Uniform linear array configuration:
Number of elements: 12
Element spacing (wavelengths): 0.75
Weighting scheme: exponential
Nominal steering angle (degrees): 45
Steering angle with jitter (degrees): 44.382
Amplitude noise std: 0.05
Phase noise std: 0.05

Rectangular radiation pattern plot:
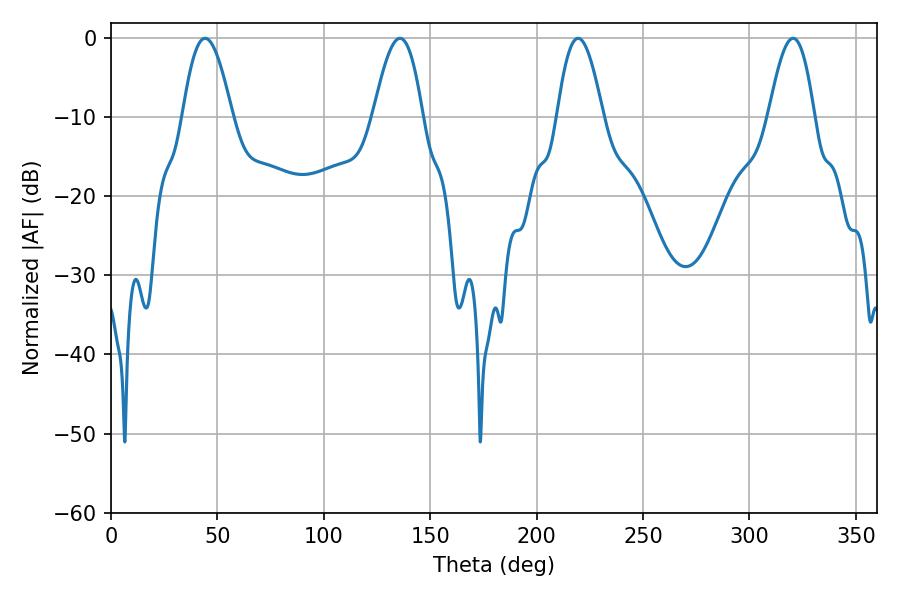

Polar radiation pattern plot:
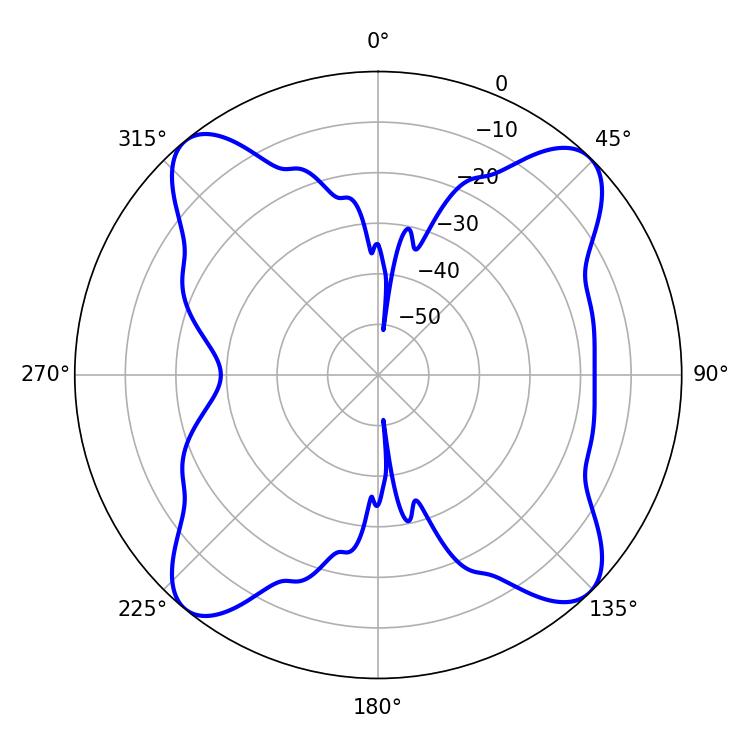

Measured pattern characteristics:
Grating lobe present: TRUE
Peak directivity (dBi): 14.972
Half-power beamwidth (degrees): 12.42
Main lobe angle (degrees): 44.28